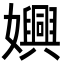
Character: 嬹